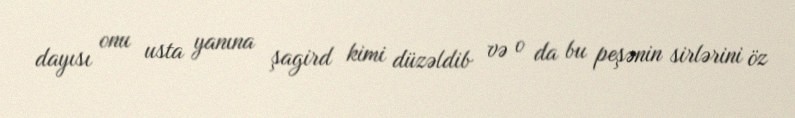
dayısı onu usta yanına şagird kimi düzəldib və o da bu peşənin sirlərini öz